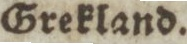
Grekland.